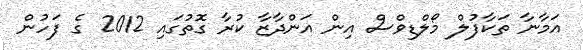
އަމާނާ ތަކާފުލް މޯލްޑިވްސް އިން އަންދާޒާ ކުރާ ގޮތުގައި 2012 ގެ ފަހުން